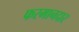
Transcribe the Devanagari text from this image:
फरमानदार